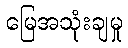
မြေအသုံးချမှု